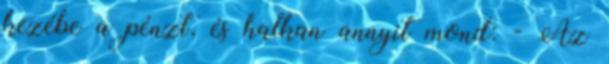
kezébe a pénzt, és halkan annyit mond: - Az